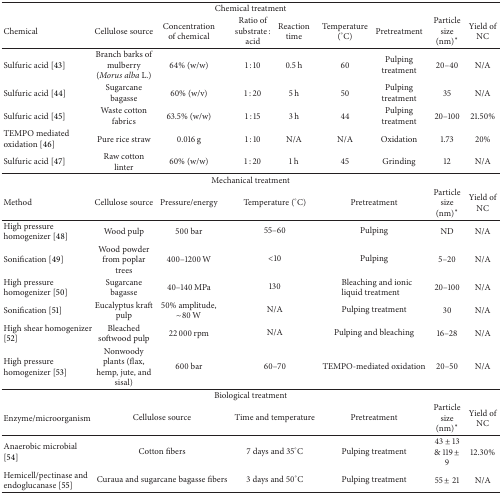
<table><thead><tr><td colspan="9"><b>Chemical treatment</b></td></tr><tr><td><b>Chemical</b></td><td><b>Cellulose source </b></td><td><b>Concentration of chemical </b></td><td><b>Ratio of substrate : acid</b></td><td><b>Reaction time </b></td><td><b>Temperature (°C)</b></td><td><b>Pretreatment</b></td><td><b>Particle size (nm)∗</b></td><td><b>Yield of NC</b></td></tr></thead><tbody><tr><td>Sulfuric acid [43] </td><td>Branch barks of mulberry (<i>Morus alba</i> L.)</td><td>64% (w/w)</td><td>1 : 10</td><td>0.5 h </td><td>60</td><td>Pulping treatment</td><td>20–40</td><td>N/A</td></tr><tr><td>Sulfuric acid [44] </td><td>Sugarcane bagasse</td><td>60% (w/v)</td><td>1 : 20</td><td>5 h</td><td>50</td><td>Pulping treatment</td><td>35</td><td>N/A</td></tr><tr><td>Sulfuric acid [45] </td><td>Waste cotton fabrics</td><td>63.5% (w/w)</td><td>1 : 15</td><td>3 h</td><td>44</td><td>Pulping treatment </td><td>20–100</td><td>21.50%</td></tr><tr><td>TEMPO mediated oxidation [46]</td><td>Pure rice straw</td><td>0.016 g </td><td>1 : 10</td><td>N/A</td><td>N/A</td><td>Oxidation</td><td>1.73</td><td>20%</td></tr><tr><td>Sulfuric acid [47] </td><td>Raw cotton linter </td><td>60% (w/w)</td><td>1 : 20</td><td>1 h </td><td>45</td><td>Grinding </td><td>12</td><td>N/A</td></tr><tr><td colspan="9">Mechanical treatment</td></tr><tr><td>Method</td><td>Cellulose source</td><td>Pressure/energy</td><td colspan="2">Temperature (°C)</td><td colspan="2">Pretreatment</td><td>Particle size (nm)∗</td><td>Yield of NC</td></tr><tr><td>High pressure homogenizer [48]</td><td>Wood pulp</td><td>500 bar</td><td colspan="2">55–60</td><td colspan="2">Pulping</td><td>ND</td><td>N/A</td></tr><tr><td>Sonification [49] </td><td>Wood powder from poplar trees</td><td>400–1200 W</td><td colspan="2">&lt;10</td><td colspan="2">Pulping</td><td>5–20</td><td>N/A</td></tr><tr><td>High pressure homogenizer [50]</td><td>Sugarcane bagasse</td><td>40–140 MPa</td><td colspan="2">130</td><td colspan="2">Bleaching and ionic liquid treatment</td><td>20–100</td><td>N/A</td></tr><tr><td>Sonification [51]</td><td>Eucalyptus kraft pulp</td><td>50% amplitude, ~80 W</td><td colspan="2">N/A</td><td colspan="2">Pulping treatment</td><td>30</td><td>N/A</td></tr><tr><td>High shear homogenizer [52] </td><td>Bleached softwood pulp</td><td>22 000 rpm</td><td colspan="2">N/A</td><td colspan="2">Pulping and bleaching </td><td>16–28</td><td>N/A</td></tr><tr><td>High pressure homogenizer [53]</td><td>Nonwoody plants (flax, hemp, jute, and sisal)</td><td>600 bar</td><td colspan="2">60–70 </td><td colspan="2">TEMPO-mediated oxidation</td><td>20–50</td><td>N/A</td></tr><tr><td colspan="9">Biological treatment</td></tr><tr><td>Enzyme/microorganism</td><td colspan="2">Cellulose source </td><td colspan="2">Time and temperature</td><td colspan="2">Pretreatment</td><td>Particle size (nm)∗</td><td>Yield of NC</td></tr><tr><td>Anaerobic microbial [54]</td><td colspan="2">Cotton fibers</td><td colspan="2">7 days and 35°C</td><td colspan="2">Pulping treatment</td><td>43 ± 13 &amp; 119 ± 9</td><td>12.30%</td></tr><tr><td>Hemicell/pectinase and endoglucanase [55]</td><td colspan="2">Curaua and sugarcane bagasse fibers</td><td colspan="2">3 days and 50°C</td><td colspan="2">Pulping treatment</td><td>55 ± 21 </td><td> N/A</td></tr></tbody></table>